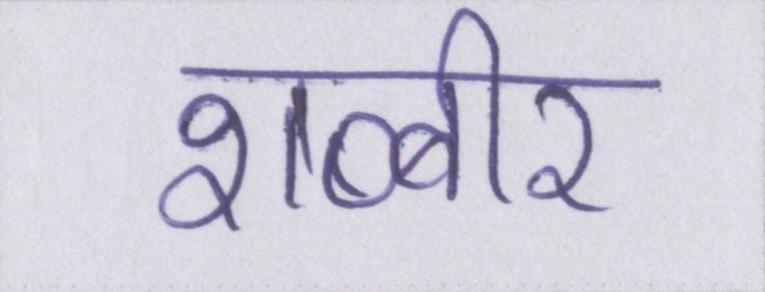
शब्बीर